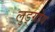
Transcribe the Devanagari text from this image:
लुड्ग्रोव